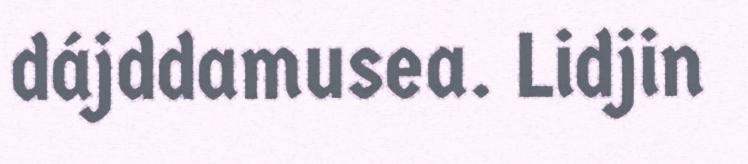
dájddamusea. Lidjin